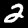
Label: 2